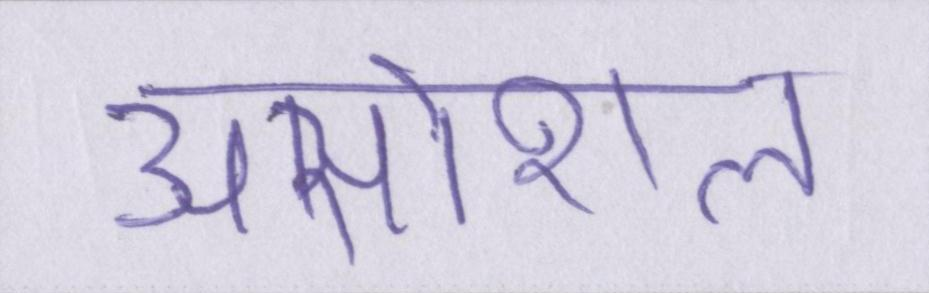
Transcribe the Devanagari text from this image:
असोशल